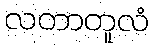
လတာတူလံ